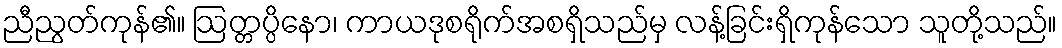
ညီညွတ်ကုန်၏။ ဩတ္တပ္ပိနော၊ ကာယဒုစရိုက်အစရှိသည်မှ လန့်ခြင်းရှိကုန်သော သူတို့သည်။